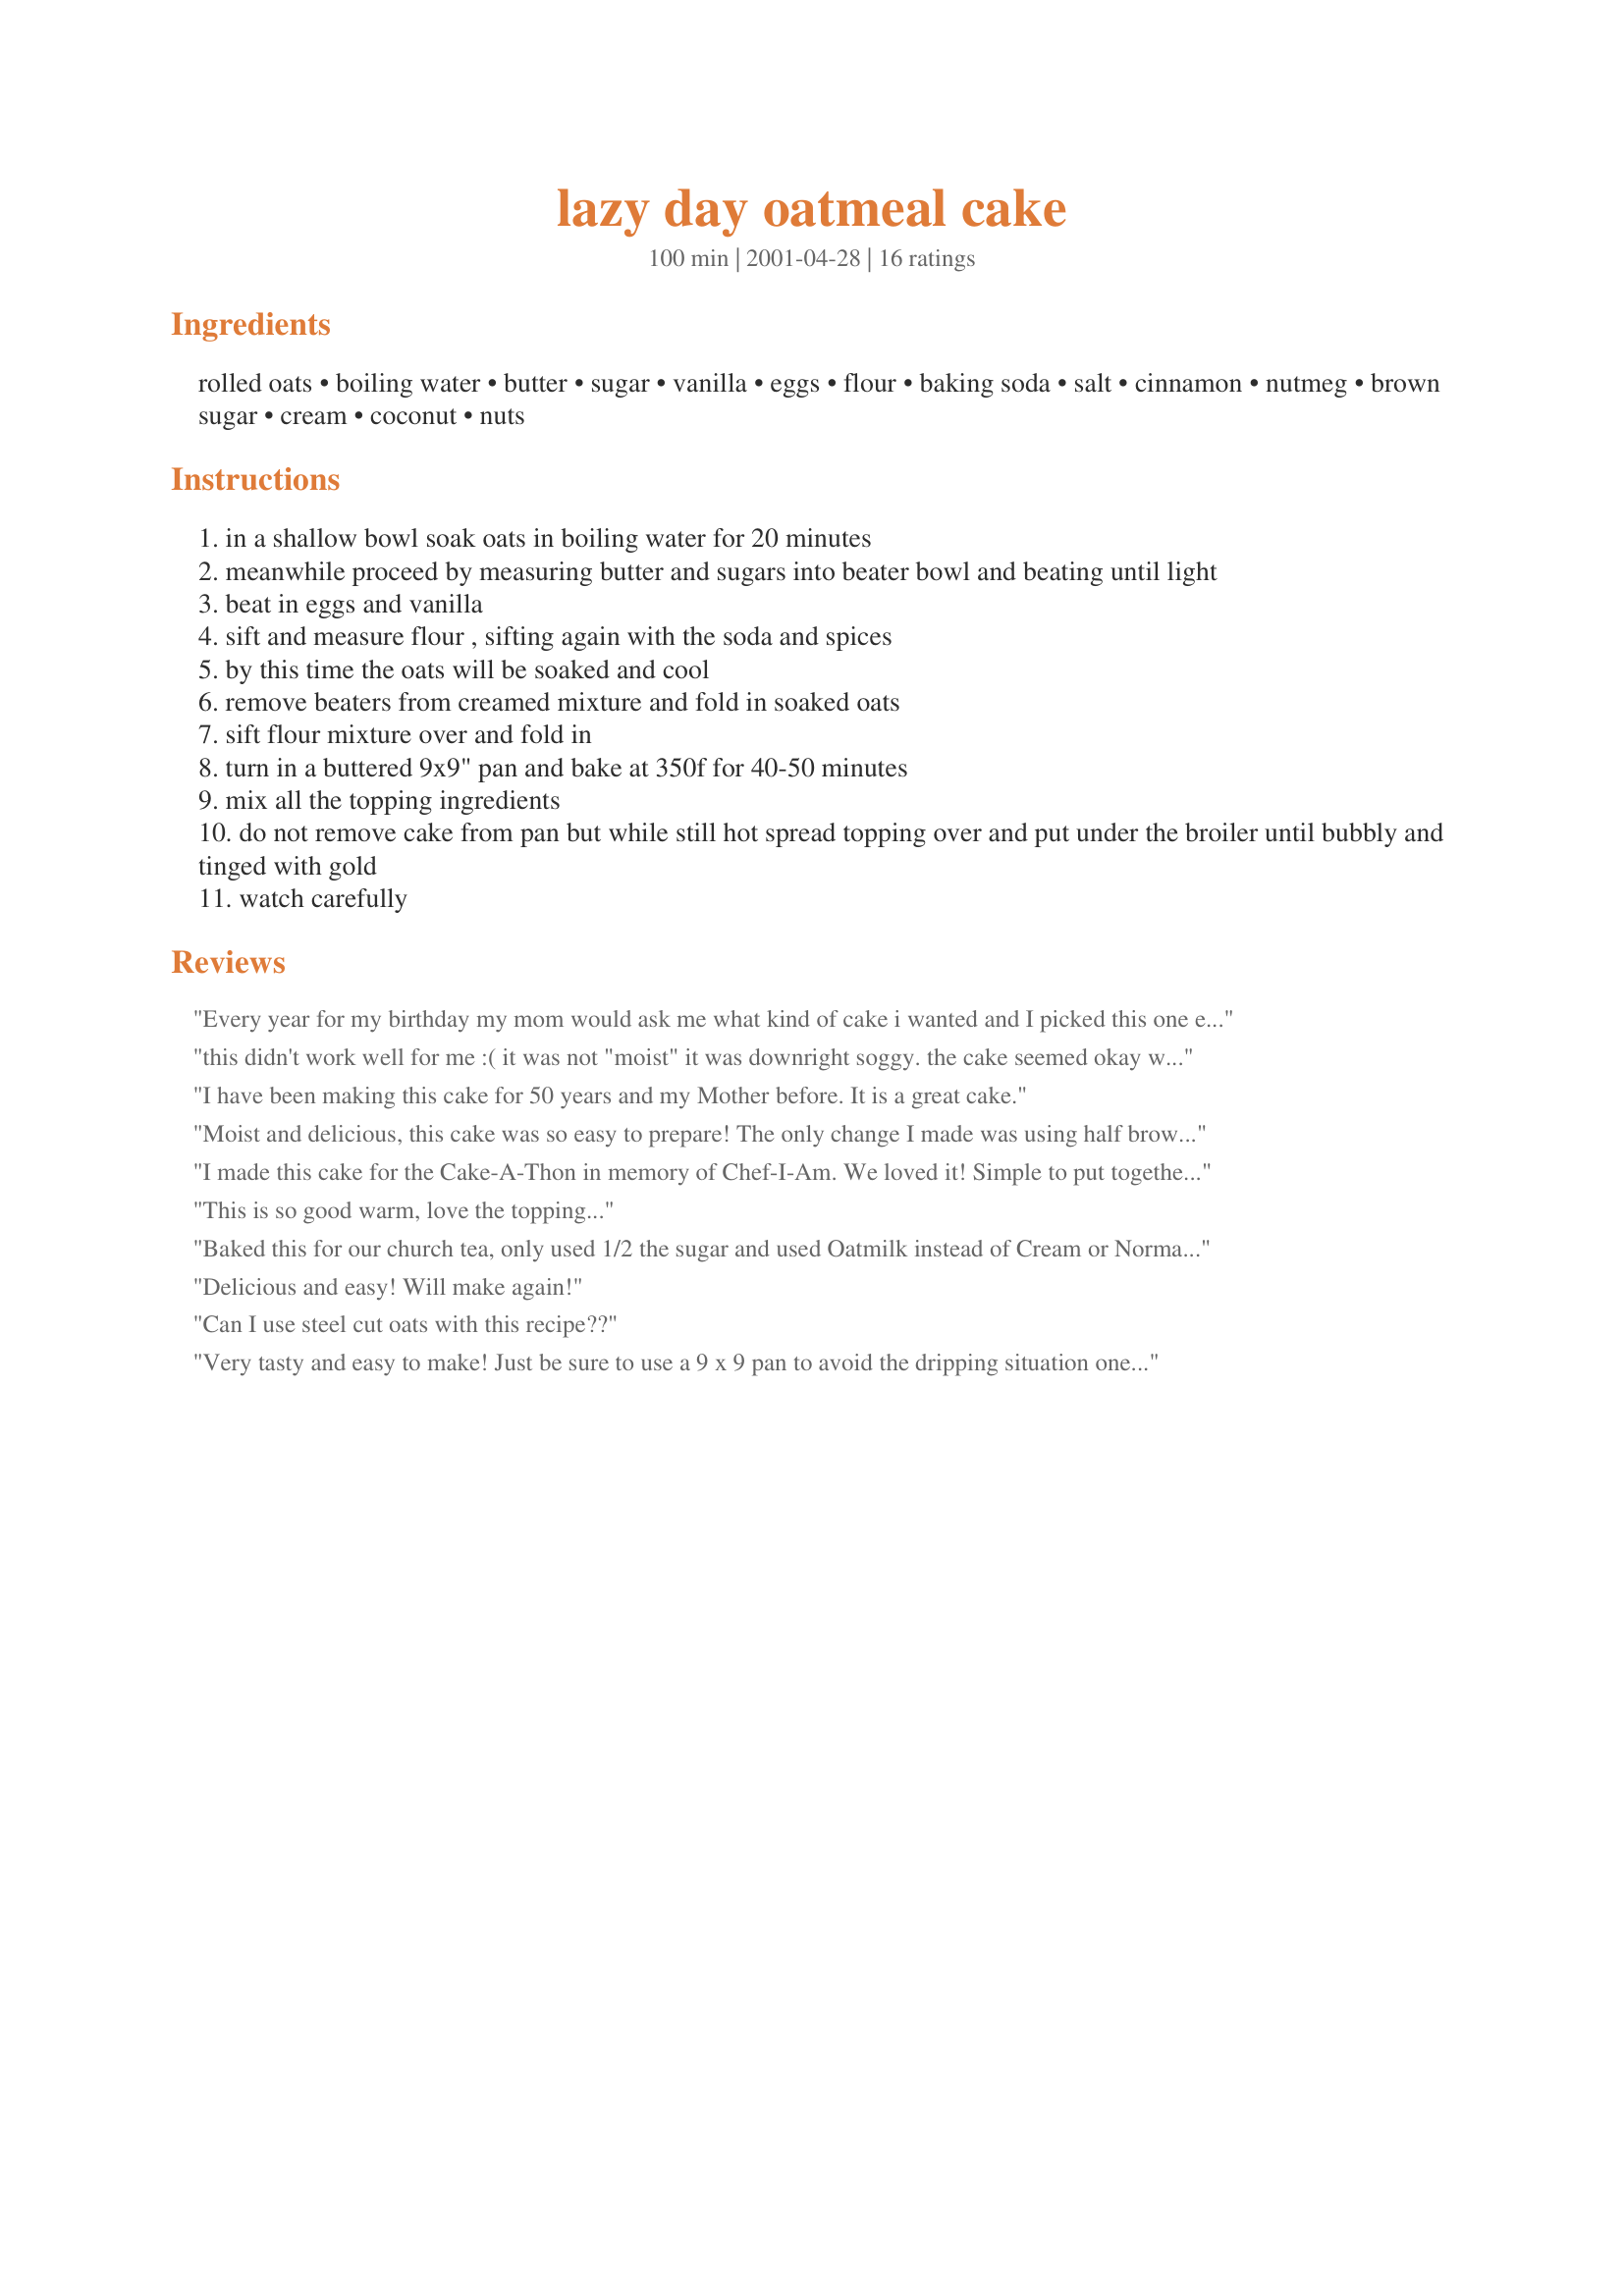
lazy day oatmeal cake
Preparation time: 100 minutes

Ingredients:
rolled oats, boiling water, butter, sugar, vanilla, eggs, flour, baking soda, salt, cinnamon, nutmeg, brown sugar, cream, coconut, nuts

Steps:
in a shallow bowl soak oats in boiling water for 20 minutes
meanwhile proceed by measuring butter and sugars into beater bowl and beating until light
beat in eggs and vanilla
sift and measure flour , sifting again with the soda and spices
by this time the oats will be soaked and cool
remove beaters from creamed mixture and fold in soaked oats
sift flour mixture over and fold in
turn in a buttered 9x9" pan and bake at 350f for 40-50 minutes
mix all the topping ingredients
do not remove cake from pan but while still hot spread topping over and put under the broiler until bubbly and tinged with gold
watch carefully

Reviews:
Every year for my birthday my mom would ask me what kind of cake i wanted and I picked this one ever time. Im 57 now and my mom quit making me cakes years ago but I still love this cake. I believe the recipe is exactly the same.
this didn't work well for me :(
it was not "moist" it was downright soggy. the cake seemed okay when i took it out of the oven, the top and sides were dry and golden and it felt solid but when i put the topping on the margarine seeped into the cake and made it soggy, it also dripped off the top of the cake and went all over my oven. seems to be to much margarine.
I have been making this cake for 50 years and my Mother before. It is a great cake.
Moist and delicious, this cake was so easy to prepare! The only change I made was using half brown sugar and half white. The topping makes the already wonderful tasting cake even more special. Definitely a dessert to serve company! Thank you for sharing! I made this for the Cake-A-Thon in memory of Chef-I-Am.
I made this cake for the Cake-A-Thon in memory of Chef-I-Am. We loved it! Simple to put together with items I always have on hand. Cake was tender and moist. Topping was perfect! Cake and topping complimented eachother well. This recipe is a keeper for me!
This is so good warm, love the topping...
Baked this for our church tea, only used 1/2 the sugar and used Oatmilk instead of Cream or Normal milk in the topping, It was a hit and loved by everyone, including the children.
Delicious and easy! Will make again!
Can I use steel cut oats with this recipe??
Very tasty and easy to make! Just be sure to use a 9 x 9 pan to avoid the dripping situation one of the posters had. Can&#039;t wait to make it again...with some healthy substitutions and additions!!
Wonderful! Lots of childhood memories with this fiber-billed delight.
I&#039;d never tried Oatmeal Cake before, but I don&#039;t know why because I am a complete oat addict; I have oatmeal every single day for breakfast and this cake was amazing! I&#039;m not a huge coconut fan, even though the topping was delicious, I preferred it without, but that&#039;s just my taste buds! It&#039;s a great recipe! :)
Very sweet and decadent. I might change the topping next time since my son didn&#039;t care for it. I love how moist this was without being soggy. My only change was to bake in a 9 inch round cake pan. Next time I&#039;ll try to cut back on fat by using applesauce instead of butter and maybe fiddle with the carb count for my diet. I did have some and it was worth the cheat tho. :-)
This has been one of my kid's favorite cakes for many years.
This is my husband's favorite &quot;birthday cake&quot;. I got the recipe from his mother when we got married and have enjoyed making it at other times when I want something quick and sweet. It is the easiest cake I have ever made from scratch and is a crowd pleaser at the office or any other get together.
Made a vegan version of this. I used 2/3 cup applesauce instead of the eggs, margarine instead of butter and soy milk in place of the cream.
It turned out moist and delicious!!
